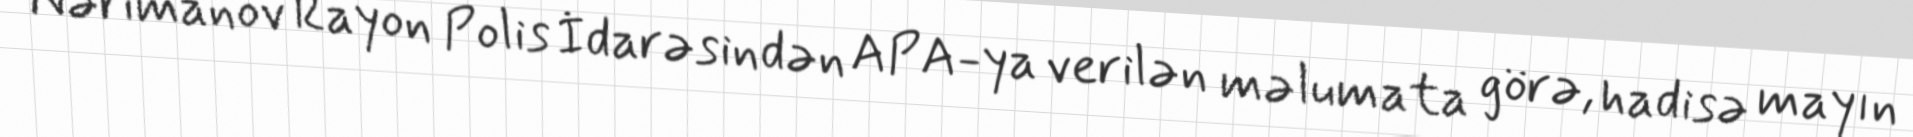
Nərimanov Rayon Polis İdarəsindən APA-ya verilən məlumata görə, hadisə mayın